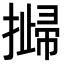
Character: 𢵴